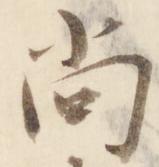
尚